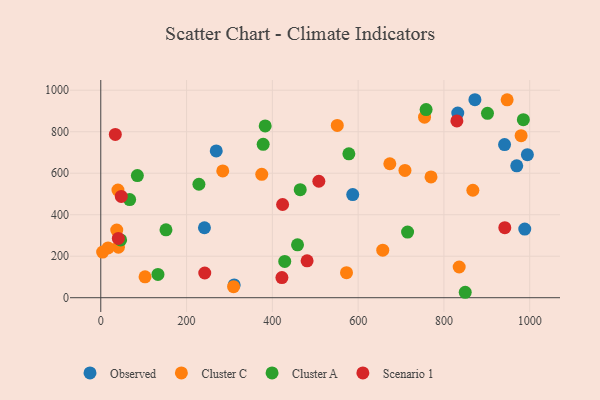
{"axis": {"x": "Engine Size", "y": "Sales"}, "legend": ["Cluster A", "Cluster C", "Observed", "Scenario 1"], "data": [{"x": "587.4", "y": 497.3, "type": "Observed"}, {"x": "269.2", "y": 707.7, "type": "Observed"}, {"x": "311.0", "y": 61.8, "type": "Observed"}, {"x": "832.3", "y": 889.9, "type": "Observed"}, {"x": "241.7", "y": 337.2, "type": "Observed"}, {"x": "969.8", "y": 635.8, "type": "Observed"}, {"x": "941.4", "y": 738.2, "type": "Observed"}, {"x": "872.3", "y": 954.3, "type": "Observed"}, {"x": "988.5", "y": 330.8, "type": "Observed"}, {"x": "994.6", "y": 689.4, "type": "Observed"}, {"x": "980.0", "y": 781.1, "type": "Cluster C"}, {"x": "709.2", "y": 613.3, "type": "Cluster C"}, {"x": "284.4", "y": 611.0, "type": "Cluster C"}, {"x": "551.4", "y": 830.3, "type": "Cluster C"}, {"x": "769.9", "y": 582.2, "type": "Cluster C"}, {"x": "754.8", "y": 870.1, "type": "Cluster C"}, {"x": "103.2", "y": 100.7, "type": "Cluster C"}, {"x": "835.6", "y": 148.0, "type": "Cluster C"}, {"x": "37.2", "y": 326.0, "type": "Cluster C"}, {"x": "657.4", "y": 229.0, "type": "Cluster C"}, {"x": "673.9", "y": 645.6, "type": "Cluster C"}, {"x": "375.3", "y": 594.8, "type": "Cluster C"}, {"x": "41.1", "y": 243.7, "type": "Cluster C"}, {"x": "867.5", "y": 518.0, "type": "Cluster C"}, {"x": "17.0", "y": 239.8, "type": "Cluster C"}, {"x": "4.3", "y": 220.2, "type": "Cluster C"}, {"x": "40.0", "y": 518.9, "type": "Cluster C"}, {"x": "947.4", "y": 953.6, "type": "Cluster C"}, {"x": "572.9", "y": 120.8, "type": "Cluster C"}, {"x": "309.6", "y": 53.4, "type": "Cluster C"}, {"x": "85.3", "y": 588.6, "type": "Cluster A"}, {"x": "133.3", "y": 112.1, "type": "Cluster A"}, {"x": "715.3", "y": 316.2, "type": "Cluster A"}, {"x": "849.7", "y": 26.2, "type": "Cluster A"}, {"x": "578.4", "y": 693.7, "type": "Cluster A"}, {"x": "67.3", "y": 472.8, "type": "Cluster A"}, {"x": "378.6", "y": 739.4, "type": "Cluster A"}, {"x": "383.3", "y": 828.0, "type": "Cluster A"}, {"x": "901.6", "y": 888.7, "type": "Cluster A"}, {"x": "152.0", "y": 327.3, "type": "Cluster A"}, {"x": "465.0", "y": 520.5, "type": "Cluster A"}, {"x": "428.9", "y": 175.0, "type": "Cluster A"}, {"x": "758.5", "y": 906.9, "type": "Cluster A"}, {"x": "458.7", "y": 255.1, "type": "Cluster A"}, {"x": "228.8", "y": 546.8, "type": "Cluster A"}, {"x": "46.3", "y": 278.3, "type": "Cluster A"}, {"x": "985.2", "y": 857.9, "type": "Cluster A"}, {"x": "422.3", "y": 97.0, "type": "Scenario 1"}, {"x": "47.8", "y": 488.1, "type": "Scenario 1"}, {"x": "33.9", "y": 787.1, "type": "Scenario 1"}, {"x": "40.9", "y": 285.9, "type": "Scenario 1"}, {"x": "830.2", "y": 851.9, "type": "Scenario 1"}, {"x": "423.9", "y": 449.2, "type": "Scenario 1"}, {"x": "481.0", "y": 178.0, "type": "Scenario 1"}, {"x": "508.4", "y": 561.4, "type": "Scenario 1"}, {"x": "242.4", "y": 119.1, "type": "Scenario 1"}, {"x": "942.0", "y": 337.6, "type": "Scenario 1"}]}